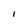
Character: I